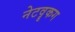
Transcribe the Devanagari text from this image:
नेटवॄकग